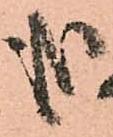
哉